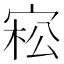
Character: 𡨭